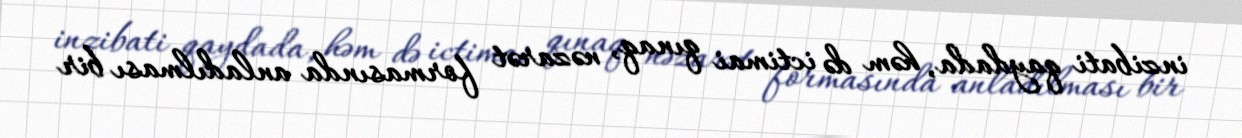
inzibati qaydada, həm də ictimai qınaq, nəzarət formasında anladılması bir